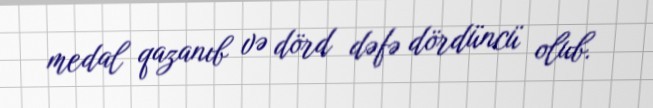
medal qazanıb və dörd dəfə dördüncü olub.